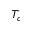
T _ { c }